Mental hospitals Bombay report 1929-33 - 1929-1933
Year: 1929
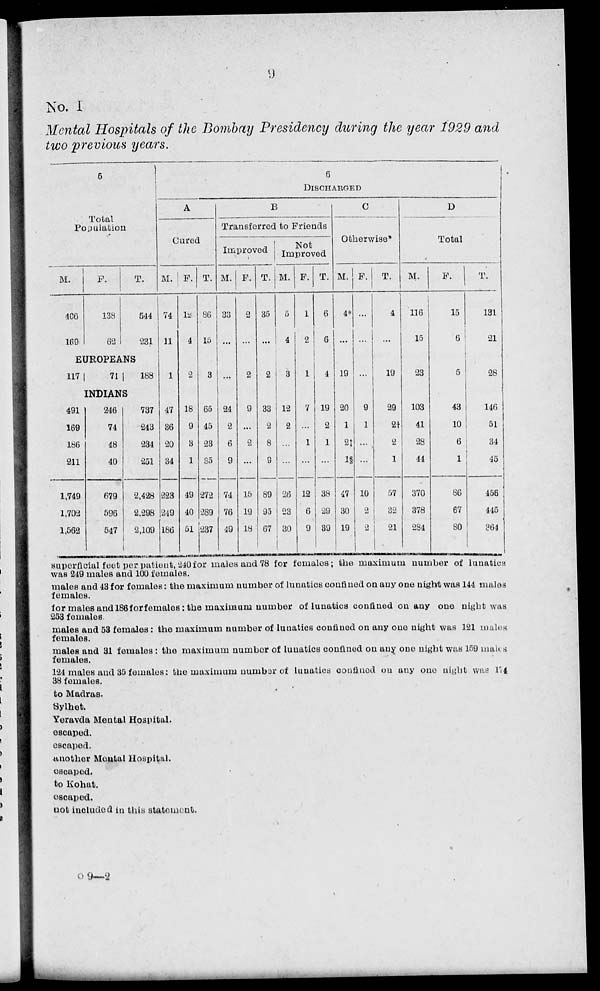
9
No. I
Mental Hospitals of the Bombay Presidency during the year 1929 and
two previous years.
5
Total
Population
M.
406
169
F.
138
62
T.
544
231
EUROPEANS
117
71
188
INDIANS
491
169
186
211
1,749
1,702
1,562
246
74
48
40
679
596
547
737
243
234
251
2,428
2,298
2,109
6
DISCHARGED
A
Cured
M.
74
11
1
47
36
20
34
223
249
186
F.
12
4
2
18
9
3
1
49
40
51
T.
86
15
3
65
45
23
35
272
289
237
B
Transferred to Friends
Improved
M.
33
...
...
24
2
6
9
74
76
49
F.
2
...
2
9
...
2
...
15
19
18
T.
35
...
2
33
2
8
9
89
95
67
Not
Improved
M.
5
4
3
12
2
...
...
26
23
30
F.
1
2
1
7
...
1
...
12
6
9
T.
6
6
4
19
2
1
...
38
29
39
C
Otherwise*
M.
4*
...
19
20
1
2‡
1§
47
30
19
F.
...
...
...
9
1
...
...
10
2
2
T.
4
...
19
29
2†
2
1
57
32
21
D
Total
M.
116
15
23
103
41
28
44
370
378
284
F.
15
6
5
43
10
6
1
86
67
80
T.
131
21
28
146
51
34
45
456
445
364
superficial feet per patient, 240 for males and 78 for females; the maximum number of lunatics
was 249 males and 100 females.
males and 43 for females: the maximum number of lunatics confined on any one night was 144 males
females.
for males and 186 for females: the maximum number of lunatics confined on any one night was
253 females.
males and 53 females : the maximum number of lunatics confined on any one night was 121 males
females.
males and 31 females: the maximum number of lunatics confined on any one night was 159 males
females.
124 males and 35 females: the maximum number of lunatics confined on any one night was 174
38 females.
to Madras.
Sylhet.
Yeravda Mental Hospital.
escaped.
escaped.
another Mental Hospital.
escaped.
to Kohat.
escaped.
not included in this statement.
O 9—2